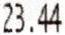
23.44